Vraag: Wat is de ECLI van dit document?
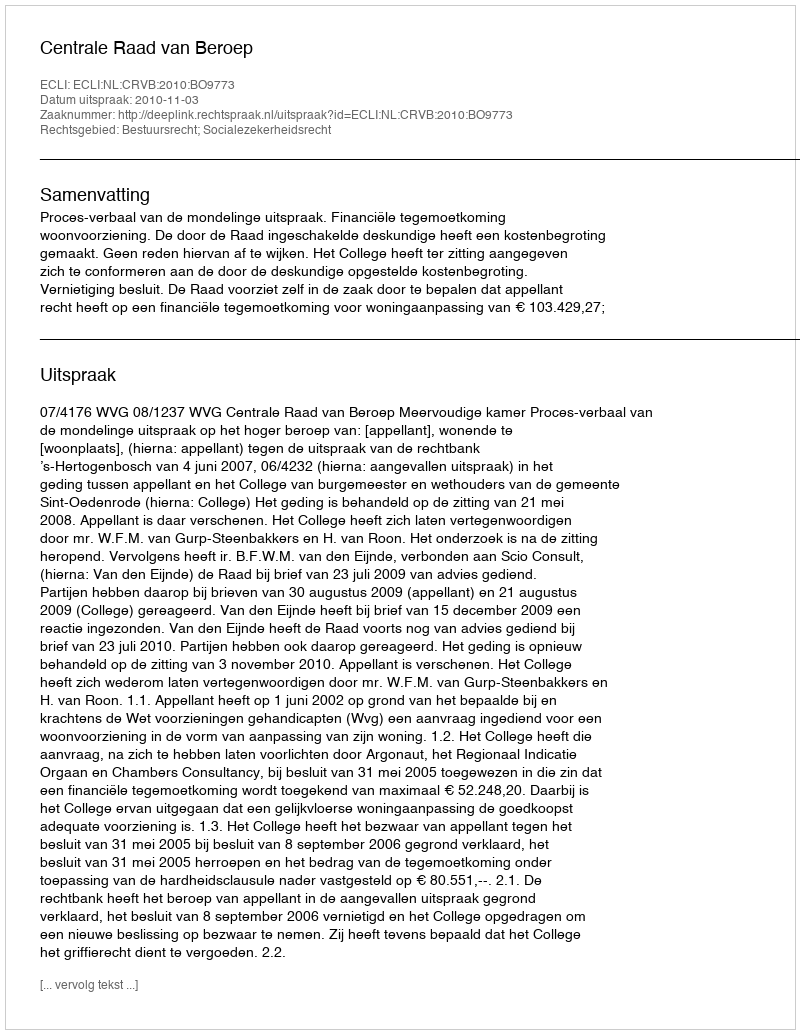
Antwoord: ECLI:NL:CRVB:2010:BO9773